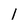
Character: l